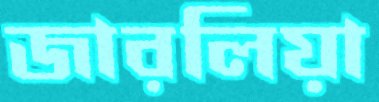
জারলিয়া